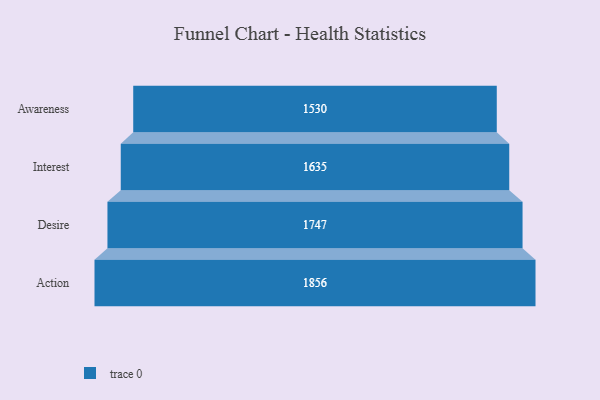
{"axis": {"x": "Stage", "y": "Value"}, "legend": [""], "data": [{"x": "Awareness", "y": 1530.0, "type": ""}, {"x": "Interest", "y": 1635.0, "type": ""}, {"x": "Desire", "y": 1747.0, "type": ""}, {"x": "Action", "y": 1856.0, "type": ""}]}